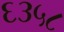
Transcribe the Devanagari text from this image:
६३५८